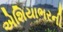
એશિયાભરની